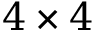
4 \times 4